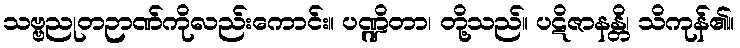
သဗ္ဗညုတဉာဏ်ကိုလည်းကောင်း။ ပဏ္ဍိတာ၊ တို့သည်။ ပဋိဇာနန္တိ၊ သိကုန်၏။